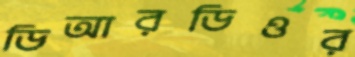
ডিআরডিওর